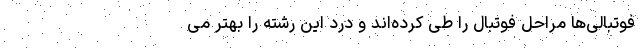
فوتبالی‌ها مراحل فوتبال را طی کرده‌اند و درد این رشته را بهتر می‌